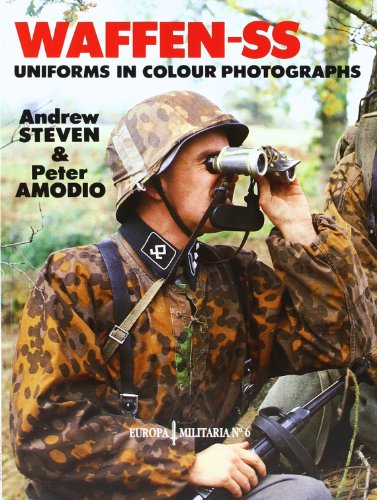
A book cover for Waffen-SS Uniforms In Color Photographs: Europa Militaria Series #6; Steven Amodio; Arts & Photography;